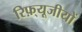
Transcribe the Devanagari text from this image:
रिफ़्यूजीयों